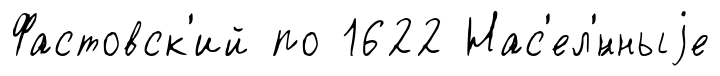
Фастовск'ий по 1622 Нас'ел'́нныjе